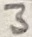
Text: 3